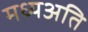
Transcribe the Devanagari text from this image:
मध्यअति